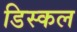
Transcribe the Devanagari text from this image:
डिस्कल